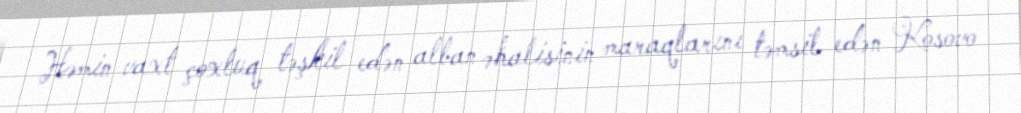
Həmin vaxt çoxluq təşkil edən alban əhalisinin maraqlarını təmsil edən Kosovo